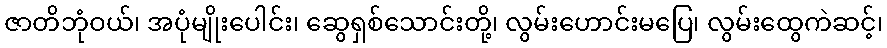
ဇာတိဘုံဝယ်၊ အပုံမျိုးပေါင်း၊ ဆွေရှစ်သောင်းတို့၊ လွမ်းဟောင်းမပြေ၊ လွမ်းထွေကဲဆင့်၊